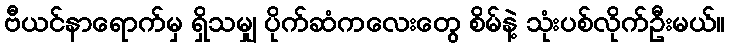
ဗီယင်နာရောက်မှ ရှိသမျှ ပိုက်ဆံကလေးတွေ စိမ်နဲ့ သုံးပစ်လိုက်ဦးမယ်။